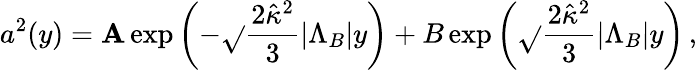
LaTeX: a^{2}(y)=\mathbf{A}\exp\left({-\sqrt{}{{\frac{{2\hat{{\kappa}}^{2}}}{{3}}|\Lambda_{B}|}}y}\right)+B\exp\left({\sqrt{}{{\frac{{2\hat{{\kappa}}^{2}}}{{3}}|\Lambda_{B}|}}y}\right)\, ,